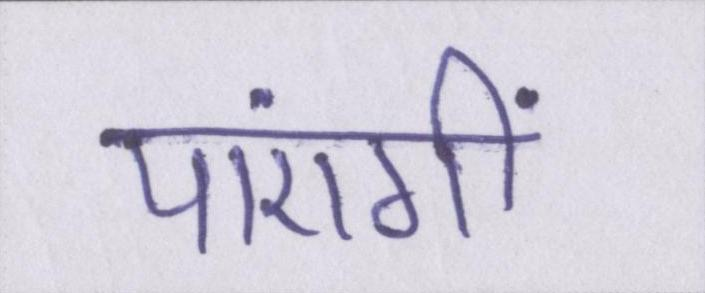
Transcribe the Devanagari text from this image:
पाएंगीं